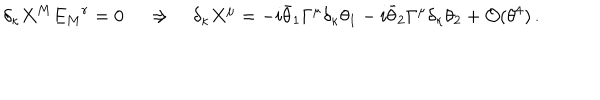
\delta _ { \kappa } X ^ { M } E _ { M } { } ^ { r } = 0 \, \quad \Rightarrow \quad \delta _ { \kappa } X ^ { \mu } = - i \bar { \theta } _ { 1 } \Gamma ^ { \mu } \delta _ { \kappa } \theta _ { 1 } - i \bar { \theta } _ { 2 } \Gamma ^ { \mu } \delta _ { \kappa } \theta _ { 2 } + { \cal O } ( \theta ^ { 4 } ) \, .